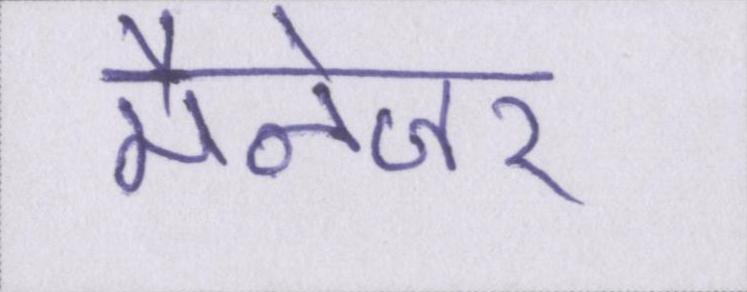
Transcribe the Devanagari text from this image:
मैनेजर